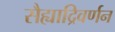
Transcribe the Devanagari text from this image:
सैह्याद्रिवर्णन